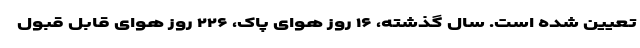
تعیین شده است. سال گذشته، ۱۶ روز هوای پاک، ۲۲۶ روز هوای قابل قبول